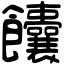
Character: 饢